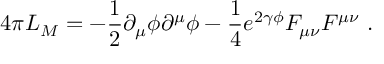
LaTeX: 4 \pi L _ { M } = - \frac { 1 } { 2 } \partial _ { \mu } \phi \partial ^ { \mu } \phi - \frac { 1 } { 4 } e ^ { 2 \gamma \phi } F _ { \mu \nu } F ^ { \mu \nu } \ .